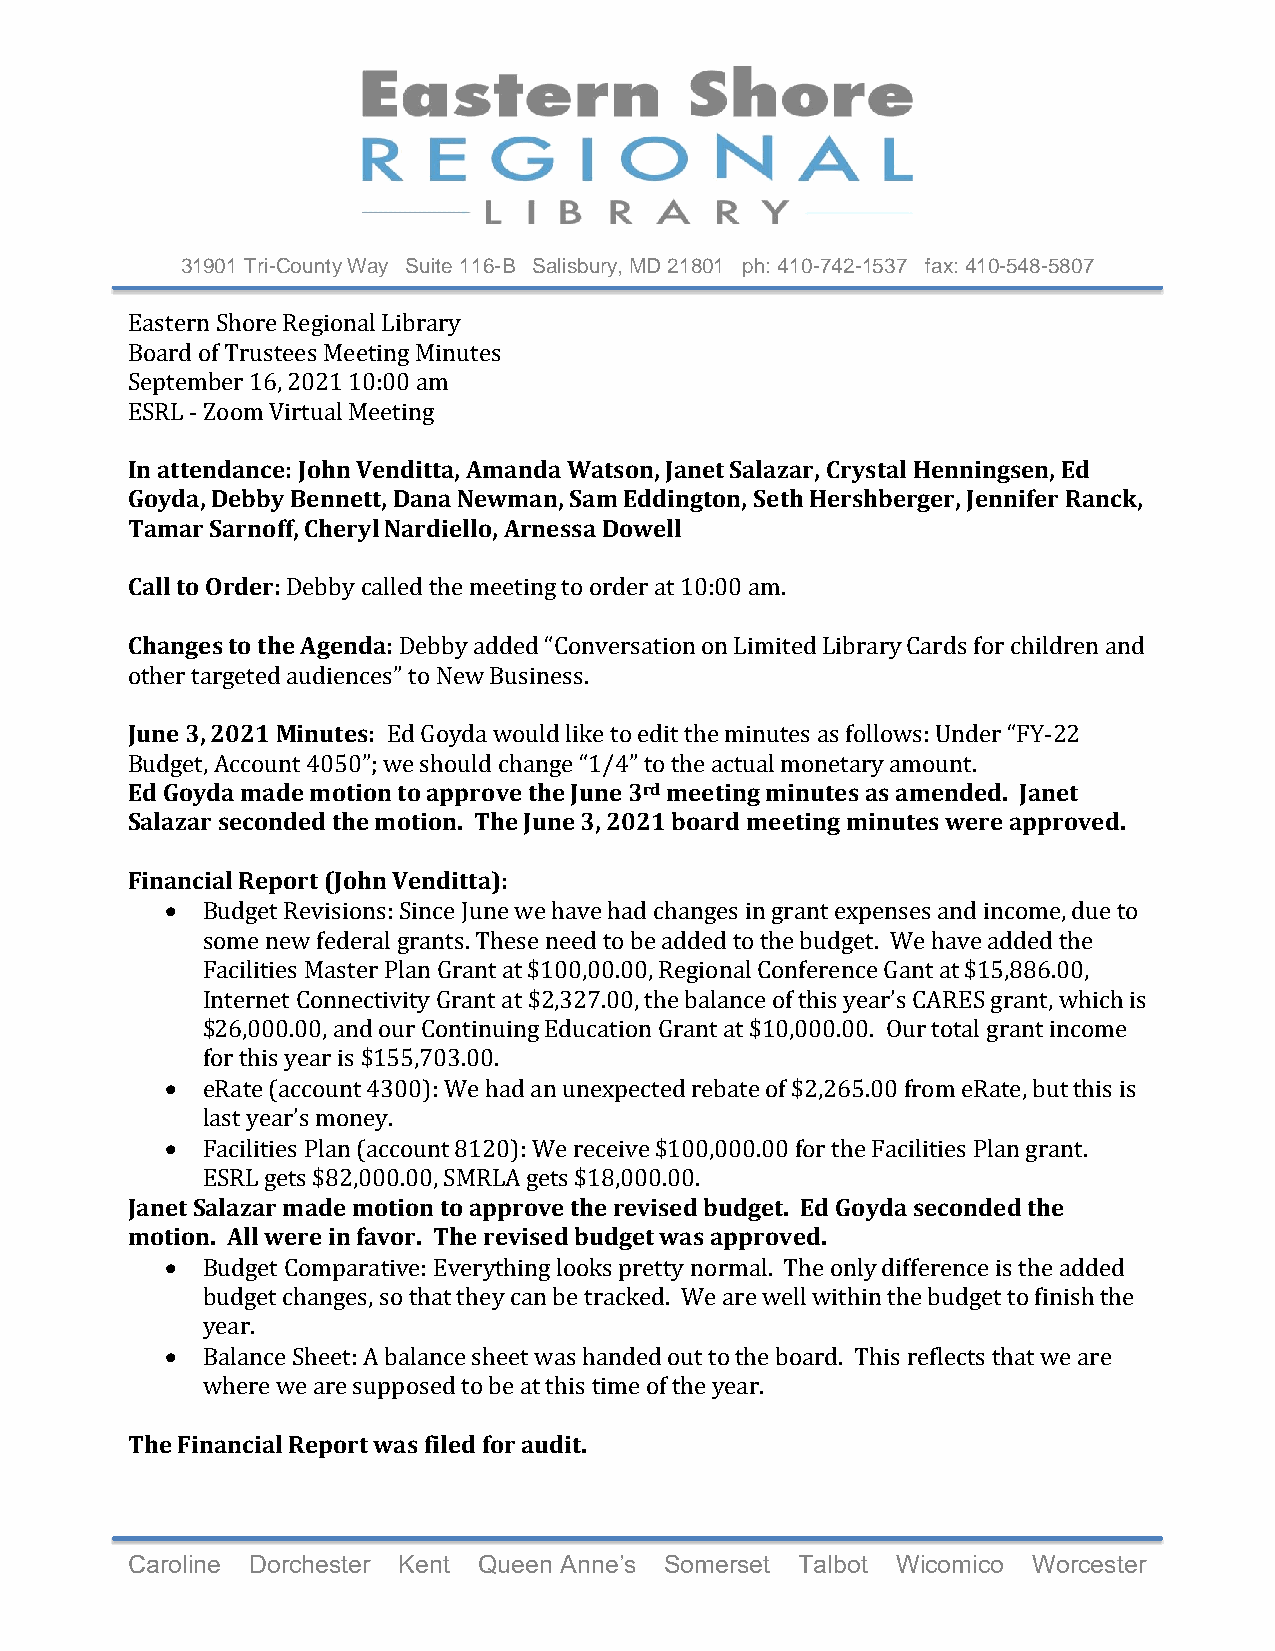
31901 Tri-County Way Suite 116-B Salisbury, MD 21801 ph: 410-742-1537 fax: 410-548-5807
 Eastern Shore Regional Library
 Board of Trustees Meeting Minutes
 September 16, 2021 10:00 am
 ESRL - Zoom Virtual Meeting
 In attendance: John Venditta, Amanda Watson, Janet Salazar, Crystal Henningsen, Ed
 Goyda, Debby Bennett, Dana Newman, Sam Eddington, Seth Hershberger, Jennifer Ranck,
 Tamar Sarnoff, Cheryl Nardiello, Arnessa Dowell
 Call to Order: Debby called the meeting to order at 10:00 am.
 Changes to the Agenda: Debby added “Conversation on Limited Library Cards for children and
 other targeted audiences” to New Business.
 June 3, 2021 Minutes: Ed Goyda would like to edit the minutes as follows: Under “FY-22
 Budget, Account 4050”; we should change “1/4” to the actual monetary amount.
 Ed Goyda made motion to approve the June 3rd meeting minutes as amended. Janet
 Salazar seconded the motion. The June 3, 2021 board meeting minutes were approved.
 Financial Report (John Venditta):
 • Budget Revisions: Since June we have had changes in grant expenses and income, due to
 some new federal grants. These need to be added to the budget. We have added the
 Facilities Master Plan Grant at $100,00.00, Regional Conference Gant at $15,886.00,
 Internet Connectivity Grant at $2,327.00, the balance of this year’s CARES grant, which is
 $26,000.00, and our Continuing Education Grant at $10,000.00. Our total grant income
 for this year is $155,703.00.
 • eRate (account 4300): We had an unexpected rebate of $2,265.00 from eRate, but this is
 last year’s money.
 • Facilities Plan (account 8120): We receive $100,000.00 for the Facilities Plan grant.
 ESRL gets $82,000.00, SMRLA gets $18,000.00.
 Janet Salazar made motion to approve the revised budget. Ed Goyda seconded the
 motion. All were in favor. The revised budget was approved.
 • Budget Comparative: Everything looks pretty normal. The only difference is the added
 budget changes, so that they can be tracked. We are well within the budget to finish the
 year.
 • Balance Sheet: A balance sheet was handed out to the board. This reflects that we are
 where we are supposed to be at this time of the year.
 The Financial Report was filed for audit.
 Caroline Dorchester Kent Queen Anne’s Somerset Talbot Wicomico Worcester